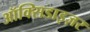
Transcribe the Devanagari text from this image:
ऑक्सिडाइज़र